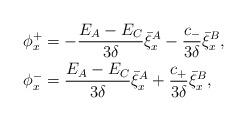
LaTeX: \begin{align*}\begin{aligned}\phi_x^+&=-\frac{E_A-E_{C}}{3\delta}\bar{\xi}^{A}_x-\frac{c_-}{3\delta}\bar{\xi}^{B}_x,\\\phi_x^-&=\frac{E_A-E_{C}}{3\delta}\bar{\xi}^{A}_x+\frac{c_+}{3\delta}\bar{\xi}^{B}_x,\end{aligned}\end{align*}